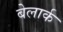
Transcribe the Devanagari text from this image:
बेलार्क